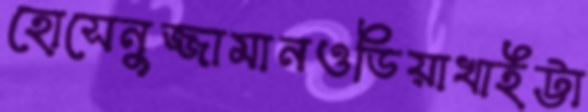
হোসেনুজ্জামানওডিয়াখাইট্টা